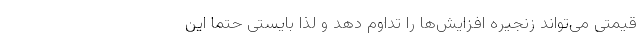
قیمتی می‌تواند زنجیره افزایش‌ها را تداوم دهد و لذا بایستی حتماً این